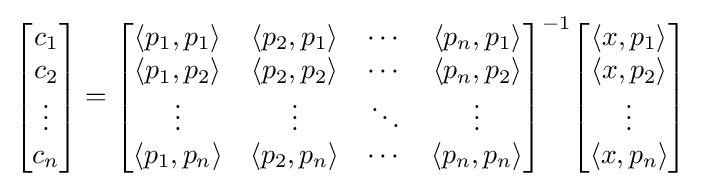
{\begin{bmatrix}c_{1}\\c_{2}\\\vdots \\c_{n}\end{bmatrix}}={\begin{bmatrix}\left\langle p_{1},p_{1}\right\rangle &\left\langle p_{2},p_{1}\right\rangle &\cdots &\left\langle p_{n},p_{1}\right\rangle \\\left\langle p_{1},p_{2}\right\rangle &\left\langle p_{2},p_{2}\right\rangle &\cdots &\left\langle p_{n},p_{2}\right\rangle \\\vdots &\vdots &\ddots &\vdots \\\left\langle p_{1},p_{n}\right\rangle &\left\langle p_{2},p_{n}\right\rangle &\cdots &\left\langle p_{n},p_{n}\right\rangle \end{bmatrix}}^{-1}{\begin{bmatrix}\left\langle x,p_{1}\right\rangle \\\left\langle x,p_{2}\right\rangle \\\vdots \\\left\langle x,p_{n}\right\rangle \end{bmatrix}}